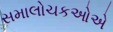
સમાલોચકઓએ